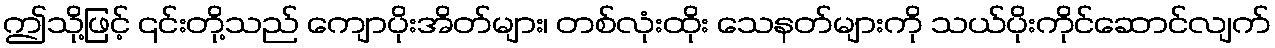
ဤသို့ဖြင့် ၎င်းတို့သည် ကျောပိုးအိတ်များ၊ တစ်လုံးထိုး သေနတ်များကို သယ်ပိုးကိုင်ဆောင်လျက်